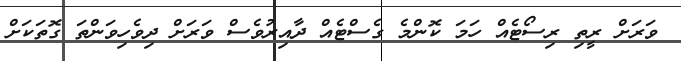
ވަރަށް ރީތި ރިސޯޓެއް ހަމަ ކޮންމެ ގެސްޓެއް ދާއިރުވެސް ވަރަށް ދިވެހިވަންތަ ގޮތަކަށް